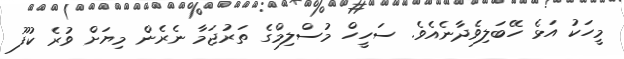
މީހަކު އަޅެ ހޭބަލިވެދާނެއެވެ. ސަހީހް މުސްލިމްގެ ތަރުޖަމާ ނެރެން މިޔަށް ވުރެ ކުފޫ